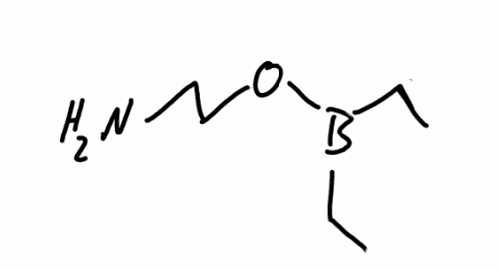
Simplified molecular-input line-entry system (SMILES) notation of the given molecule:
B(CC)(CC)OCCN